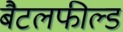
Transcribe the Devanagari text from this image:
बैटलफील्ड